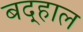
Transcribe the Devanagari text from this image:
बद्हाल